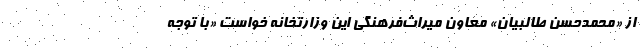
از «محمدحسن طالبیان» معاون میراث‌فرهنگی این وزارتخانه خواست «با توجه